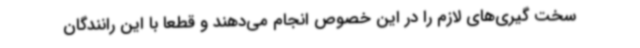
سخت گیری‌های لازم را در این خصوص انجام می‌دهند و قطعاً با این رانندگان